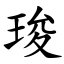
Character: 㻐